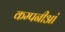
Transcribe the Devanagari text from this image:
कम्पनीआं